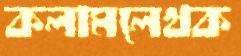
কলামলেখক